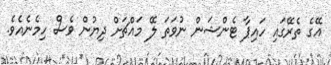
އޭގެ ތެރޭގައި ހައިޕާ ޓެންޝަން ނުވަތަ ލޭ މައްޗަށް ދިޔުން ވެސް ހިމެނެއެވެ.